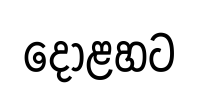
දොළහට